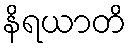
နိရယာတိ